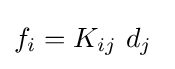
f_{i}=K_{ij}~d_{j}~